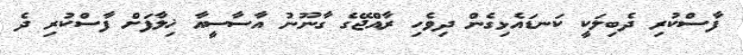
ފާސްކުރި ދެބިލަކީ ކަނޑައެޅިގެން ދިވެހި ރާއްޖޭގެ ގާނޫނު އާސާސީއާ ޚިލާފަށް ފާސްކުރި ދެ